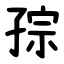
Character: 孮